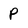
Character: P